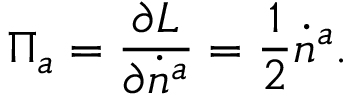
\Pi _ { a } = \frac { \partial { \cal L } } { \partial \dot { n } ^ { a } } = \frac { 1 } { 2 } \dot { n } ^ { a } .